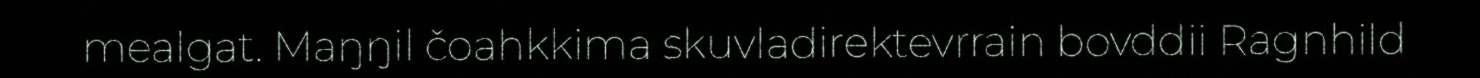
mealgat. Maŋŋil čoahkkima skuvladirektevrrain bovddii Ragnhild